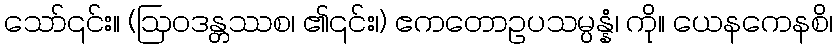
သော်၎င်း။ (ဩဝဒန္တဿစ၊ ၏၎င်း၊) ဧကတောဥပသမ္ပန္နံ၊ ကို။ ယေနကေနစိ၊